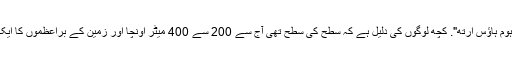
ایک کے ادوار ہوتے رہے ہیں برف سے پاک "ہوم ہاؤس ارتھ". کچھ لوگوں کی دلیل ہے کہ سطح کی سطح تھی آج سے 200 سے 400 میٹر اونچا اور زمین کے براعظموں کا ایک نمایاں حصہ سطح سمندر کے نیچے ڈوب گیا۔